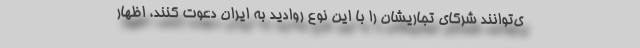
ی‌توانند شرکای تجاریشان را با این نوع روادید به ایران دعوت کنند، اظهار